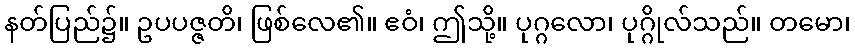
နတ်ပြည်၌။ ဥပပဇ္ဇတိ၊ ဖြစ်လေ၏။ ဧဝံ၊ ဤသို့။ ပုဂ္ဂလော၊ ပုဂ္ဂိုလ်သည်။ တမော၊